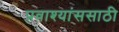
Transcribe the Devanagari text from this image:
प्रवाश्यांससाठी